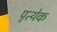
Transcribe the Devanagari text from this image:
पृत्येक